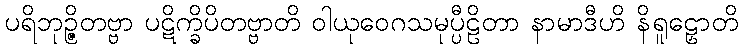
ပရိဘုဉ္ဇိတဗ္ဗာ ပဋိက္ခိပိတဗ္ဗာတိ ဝါယုဝေဂသမုပ္ပီဠိတာ နာမာဒီဟိ နိရူဠှောတိ